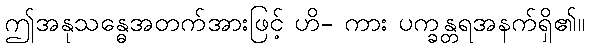
ဤအနုသန္ဓေအတက်အားဖြင့် ဟိ- ကား ပက္ခန္တရအနက်ရှိ၏။